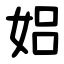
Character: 㛎